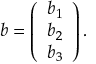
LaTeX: b = \left( \begin{array} { c } { { b _ { 1 } } } \\ { { b _ { 2 } } } \\ { { b _ { 3 } } } \end{array} \right) .